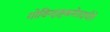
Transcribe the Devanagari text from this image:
गोविन्दाष्टकमेतदधीते